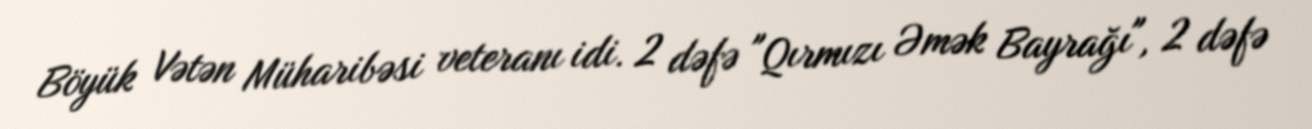
Böyük Vətən Müharibəsi veteranı idi. 2 dəfə "Qırmızı Əmək Bayrağı", 2 dəfə